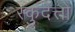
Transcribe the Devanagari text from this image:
स्कुदेत्तो